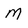
Character: M